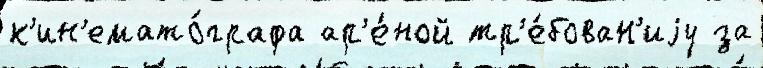
к'ин'емато́графа ар'е́ной тр'е́бован'иjу за